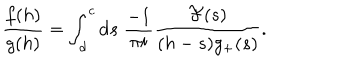
\frac { f ( h ) } { g ( h ) } = \int _ { d } ^ { c } \mathrm { d } s \; \frac { - 1 } { \pi i } \frac { { \cal F } ( s ) } { ( h - s ) g _ { + } ( s ) } .